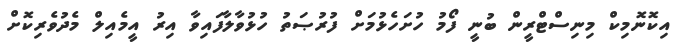
އިކޮނޮމިކް މިނިސްޓްރީން ބުނީ ފޯމު ހުށަހެޅުމަށް ފުރުޞަތު ހުޅުވާލާފައިވާ އިރު އީމެއިލް މެދުވެރިކޮށް